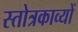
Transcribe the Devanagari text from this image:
स्तोत्रकाव्यों